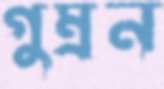
গুম্‌রন